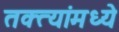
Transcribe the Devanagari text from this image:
तक्त्यांमध्ये